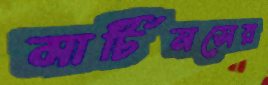
মার্টিনসের